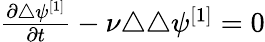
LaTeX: \begin{array}{r}{\frac{\partial\triangle\psi^{[1]}}{\partial t}-\nu\triangle\triangle\psi^{[1]}=0}\end{array}